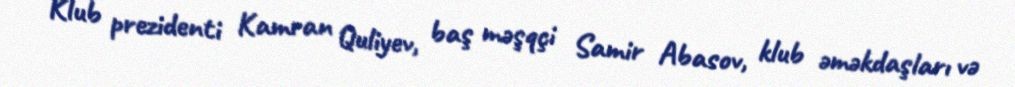
Klub prezidenti Kamran Quliyev, baş məşqçi Samir Abasov, klub əməkdaşları və